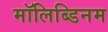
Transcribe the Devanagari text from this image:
मॉलिब्डिनम